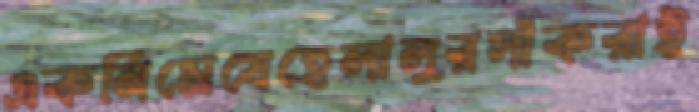
একনিমেষেহেলালুরসাঁকরাই